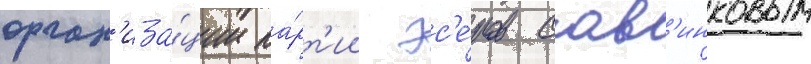
орган'иза́ции па́рт'ии эс'е́ров сав'инковым